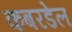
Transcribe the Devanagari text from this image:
कबरडेल